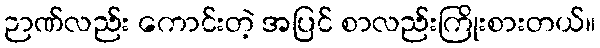
ဉာဏ်လည်း ကောင်းတဲ့ အပြင် စာလည်းကြိုးစားတယ်။